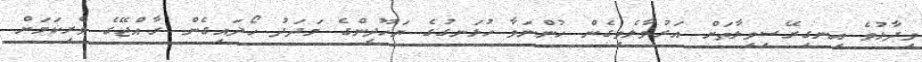
ވިދާޅުވެ އިނގިރޭސިވިލާތަށް އަރުވާލެވިގެން ހުންނަވާ ހުޅަނގުގެ ޔަހޫދީންގެ މަދަދު ހޯދައިގެން ރާއްޖޭގެ ވެރިކަމަށް